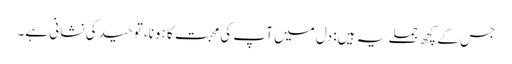
جس کے کچھ جملے یہ ہیں: دل میں آپ کی محبت کا ہونا، توحید کی نشانی ہے۔